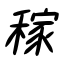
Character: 稼